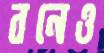
বনেও